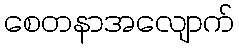
စေတနာအလျောက်